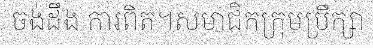
ចង់ដឹង ការពិត។សមាជិកក្រុមប្រឹក្សា